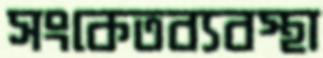
সংকেতব্যবস্থা